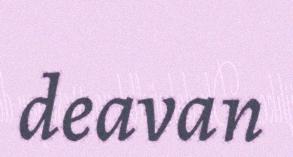
deavan